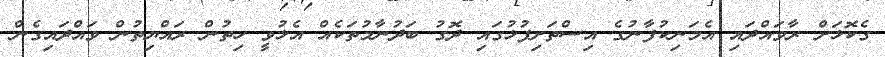
ގެކޮޅަށް ރާވައްދައި އެމަނިކުފާނުގެ އިސްތަށިފުޅުގައި ދޮގު ބަދުނާމުތަކެއް އެޅުވީ ހިތުން ރައްޔިތުން ވައްދައިގެން